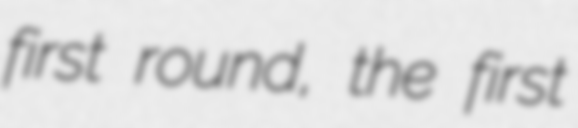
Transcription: first round, the first